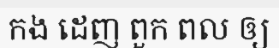
កង ដេញ ពួក ពល ឲ្យ